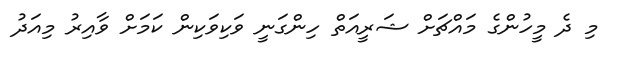
މި ދެ މީހުންގެ މައްޗަށް ޝަރީއަތް ހިންގަނީ ވަކިވަކިން ކަމަށް ވާއިރު މިއަދު